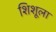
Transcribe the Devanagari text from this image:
शिशूला